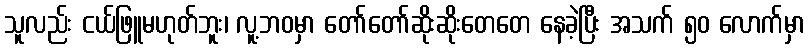
သူလည်း ငယ်ဖြူမဟုတ်ဘူး၊ လူ့ဘဝမှာ တော်တော်ဆိုးဆိုးတေတေ နေခဲ့ပြီး အသက် ၅၀ လောက်မှာ